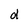
Character: d